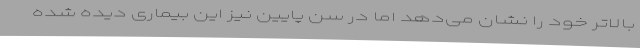
بالاتر خود را نشان می‌دهد اما در سن پایین نیز این بیماری دیده شده